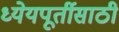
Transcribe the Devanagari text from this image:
ध्येयपूर्तीसाठी